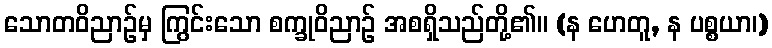
သောတဝိညာဉ်မှ ကြွင်းသော စက္ခုဝိညာဉ် အစရှိသည်တို့၏။ (န ဟေတူ, န ပစ္စယာ၊)